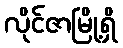
လိုင်ဇာမြို့ရှိ